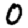
Digit: 0